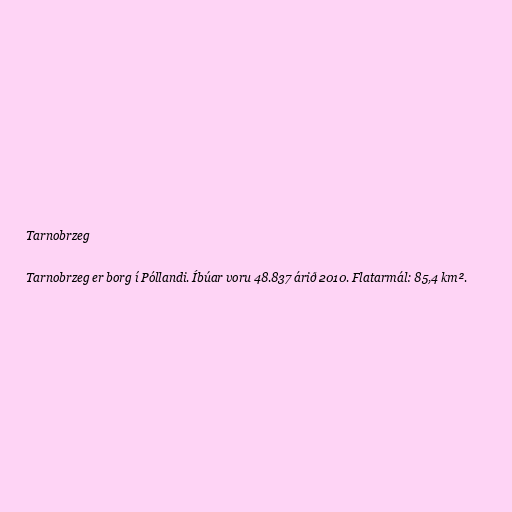
Tarnobrzeg

Tarnobrzeg er borg í Póllandi. Íbúar voru 48.837 árið 2010. Flatarmál: 85,4 km².